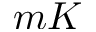
m K